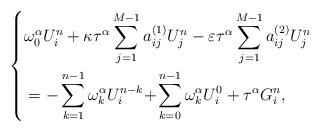
LaTeX: \begin{align*}\left\{\begin{aligned}&\omega^\alpha_0U_i^n+\kappa\tau^\alpha\sum\limits_{j=1}^{M-1}a_{ij}^{(1)}U_j^n -\varepsilon\tau^\alpha\sum_{j=1}^{M-1}a_{ij}^{(2)}U_j^n\\&=-\sum_{k=1}^{n-1}\omega^\alpha_kU_i^{n-k}\!+\!\sum_{k=0}^{n-1}\omega^\alpha_kU_i^0+ \tau^\alpha G^n_i,\end{aligned}\right.\end{align*}